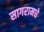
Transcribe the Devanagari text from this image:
सागरामधे